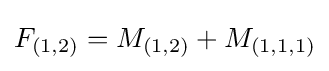
F_{(1,2)}=M_{(1,2)}+M_{(1,1,1)}